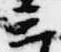
三